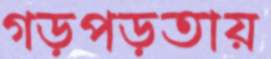
গড়পড়তায়